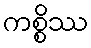
ကစ္စိဿ